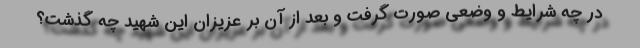
در چه شرایط و وضعی صورت گرفت و بعد از آن بر عزیزان این شهید چه گذشت؟